Annual report on the working of the lock hospitals in the Central Provinces
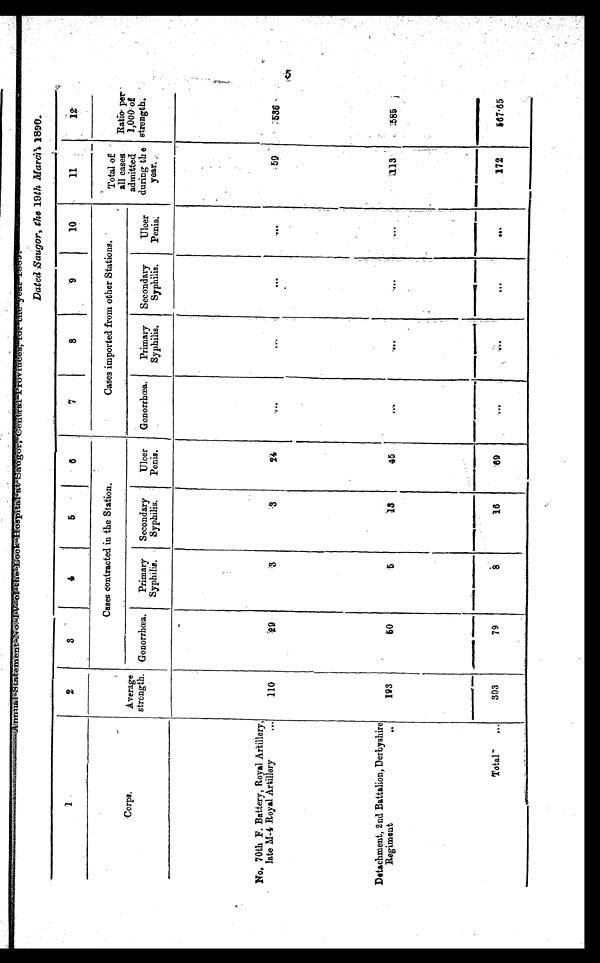
Annual Statement No IV of the Lock Hospital at Saugor, Central Provinces, for the year 1889.
Dated Saugor, the 19th March 1890.
1
2
3
4
5
6
7
8
9
10
11
1 2
Corps.
Cases contracted in the Station.
Cases imported from other Stations.
Total of
all cases
admitted
during the
year ...
Ratio per
1,000 of
strength.
Average
strength. Gonorrhœa.
Primary
Syphilis.
Secondary
Syphilis.
Ulcer
Penis.
Gonorrhœa.
Primary
Syphilis.
Secondary
Syphilis.
Ulcer
Penis.
No. 70th F. Battery, Royal Artillery,
late M-4 Royal Artillery
...
110
2 9 3
3
24
...
. . .
. . .
. . .
5 9 536
Detachment, 2nd Battalion, Derbyshire
Regiment
. .
193
50
5
13
45
. . .
. . .
. . .
. . .
113
585
Total
. . .
303
79
8
16
69
...
. . .
. . .
. . .
172
567·65